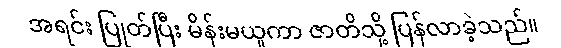
အရင်း ပြုတ်ပြီး မိန်းမယူကာ ဇာတိသို့ ပြန်လာခဲ့သည်။